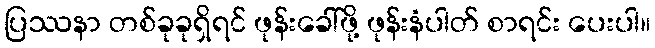
ပြဿနာ တစ်ခုခုရှိရင် ဖုန်းခေါ်ဖို့ ဖုန်းနံပါတ် စာရင်း ပေးပါ။